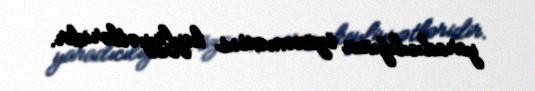
yaradıcılığının özünəməxsus keyfiyyətləridir.